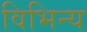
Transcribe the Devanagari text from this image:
विभिन्य